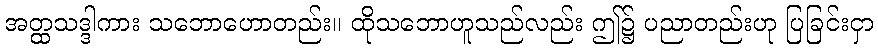
အတ္ထသဒ္ဒါကား သဘောဟောတည်း။ ထိုသဘောဟူသည်လည်း ဤ၌ ပညာတည်းဟု ပြခြင်းငှာ